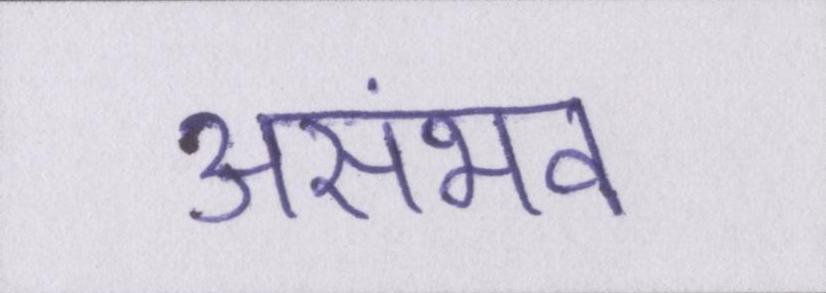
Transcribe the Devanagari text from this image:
असंभव